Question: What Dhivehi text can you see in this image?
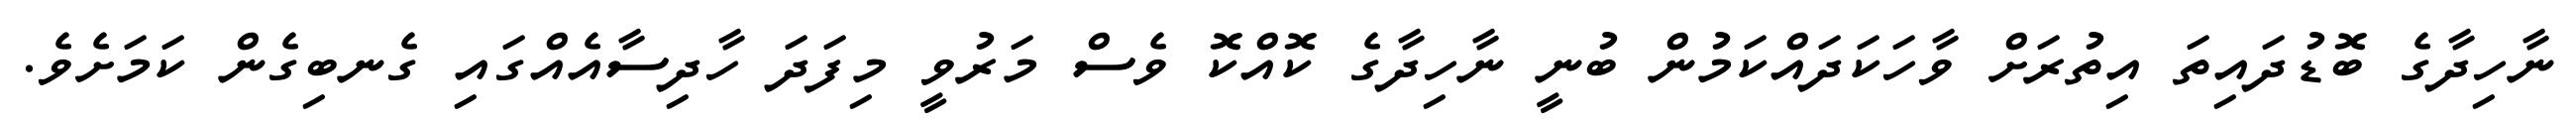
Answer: ނާހިދާގެ ބޮޑުދައިތަ އިތުރަށް ވާހަކަދައްކަމުން ބުނީ ނާހިދާގެ ކޮއްކޮ ވެސް މަރުވީ މިފަދަ ހާދިސާއެއްގައި ގެނބިގެން ކަމަށެވެ.